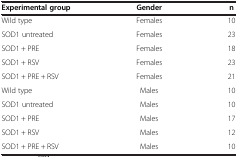
<table><thead><tr><td><b>Experimental group</b></td><td><b>Gender</b></td><td><b>n</b></td></tr></thead><tbody><tr><td>Wild type</td><td>Females</td><td>10</td></tr><tr><td>SOD1 untreated</td><td>Females</td><td>23</td></tr><tr><td>SOD1 + PRE</td><td>Females</td><td>18</td></tr><tr><td>SOD1 + RSV</td><td>Females</td><td>23</td></tr><tr><td>SOD1 + PRE + RSV</td><td>Females</td><td>21</td></tr><tr><td>Wild type</td><td>Males</td><td>10</td></tr><tr><td>SOD1 untreated</td><td>Males</td><td>10</td></tr><tr><td>SOD1 + PRE</td><td>Males</td><td>17</td></tr><tr><td>SOD1 + RSV</td><td>Males</td><td>12</td></tr><tr><td>SOD1 + PRE + RSV</td><td>Males</td><td>10</td></tr></tbody></table>